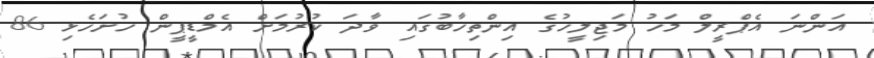
އަންނަ އެޕްރީލް މަހު މަޖިލީހުގެ އިންތިހާބުގައި ވާދަ ކުރުމަށް އެމްޑީޕީން ހުށަހެޅި 86